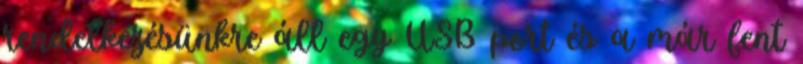
rendelkezésünkre áll egy USB port és a már fent